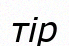
тір